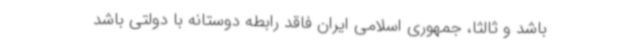
باشد و ثالثاً، جمهوری اسلامی ایران فاقد رابطه دوستانه با دولتی باشد